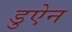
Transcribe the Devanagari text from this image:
डुऐन